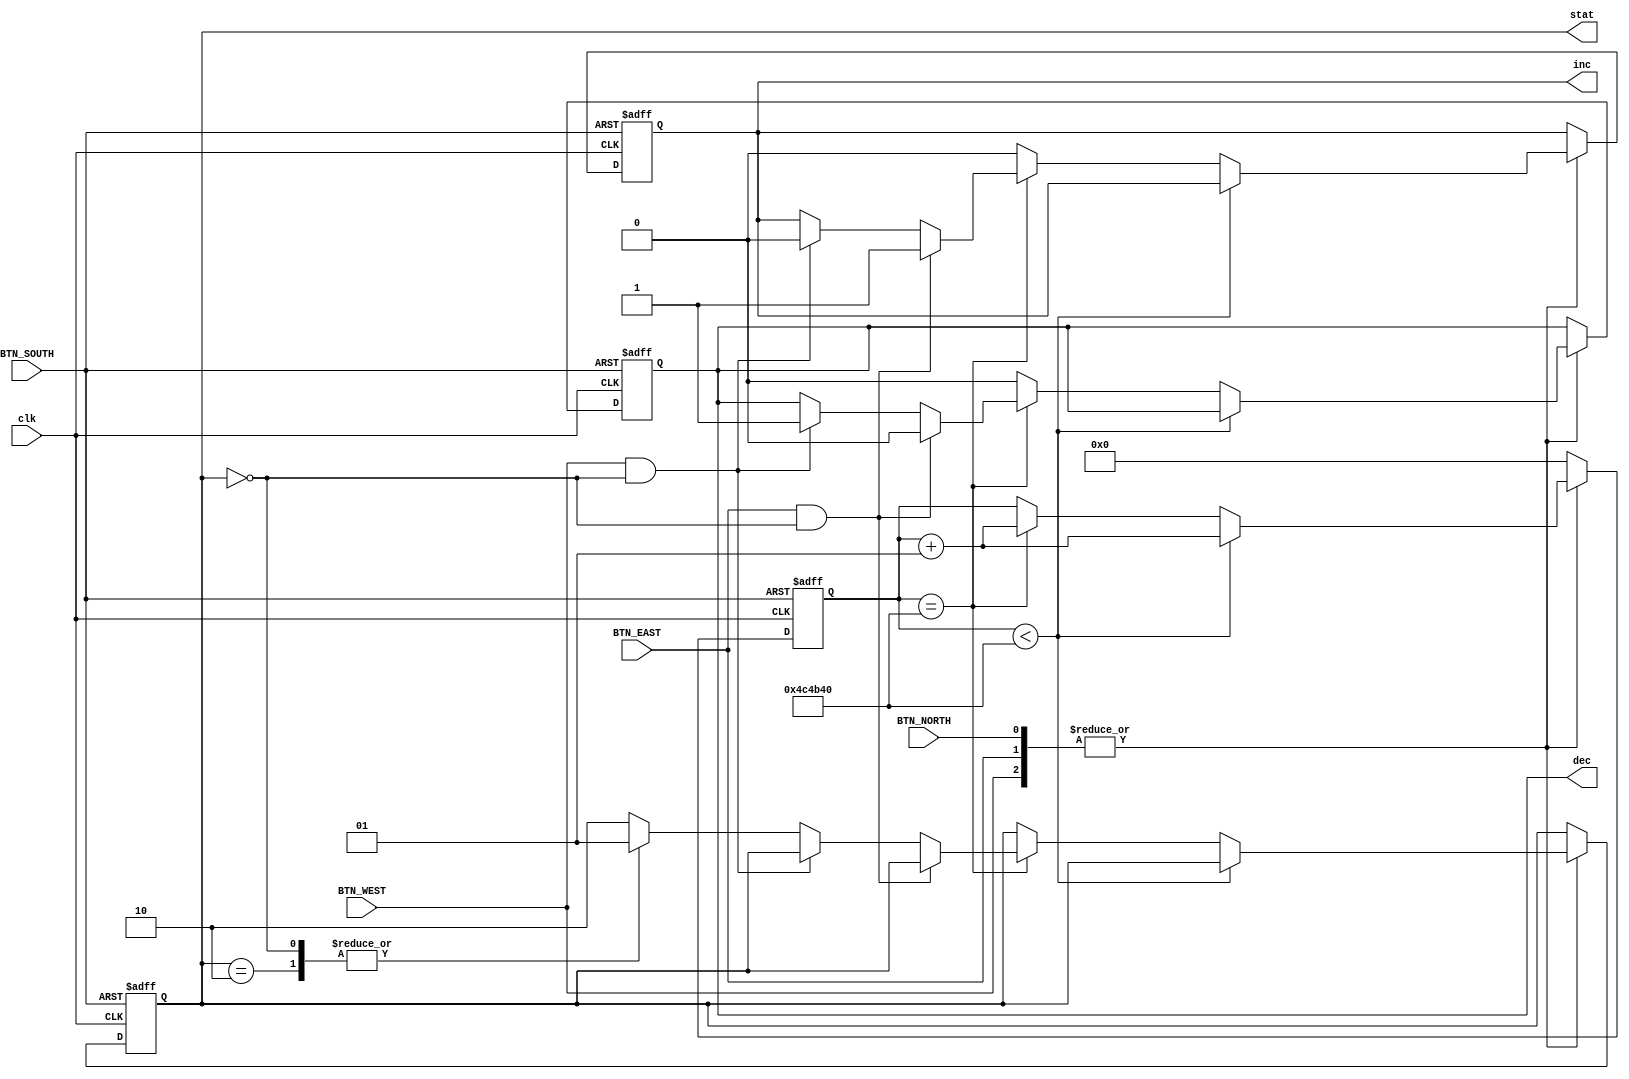
module BTN_ctrl(
	input clk,
	input BTN_SOUTH,
	input BTN_NORTH,
	input BTN_EAST,
	input BTN_WEST,
	output reg [1:0] stat,
	output reg dec,
	output reg inc
);
	parameter mili=50000;
	parameter hold=100*mili;
	wire rst=BTN_SOUTH;
	wire onclick=|{BTN_EAST,BTN_NORTH,BTN_WEST};
	integer cnt;
	
	
	always@(posedge clk, posedge rst)
		if(rst)
			{stat,dec,inc,cnt}<=0;
		else if(onclick)
			if(cnt<hold)cnt<=cnt+1;
			else if(cnt==hold)begin
				if(BTN_EAST&&stat==0){dec,inc}<=2'b01;
				else if(BTN_WEST&&stat==0){dec,inc}<=2'b10;
				else case(stat)
				0:stat<=1;
				1:stat<=2;
				2:stat<=1;
				default:stat<=2;
				endcase
				cnt<=cnt+1;
			end else begin
				cnt<=cnt;
				{dec,inc}<=0;
			end
		else cnt<=0;
endmodule